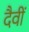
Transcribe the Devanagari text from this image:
दैवीं